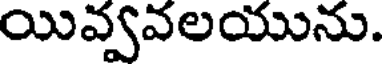
యివ్వవలయును.